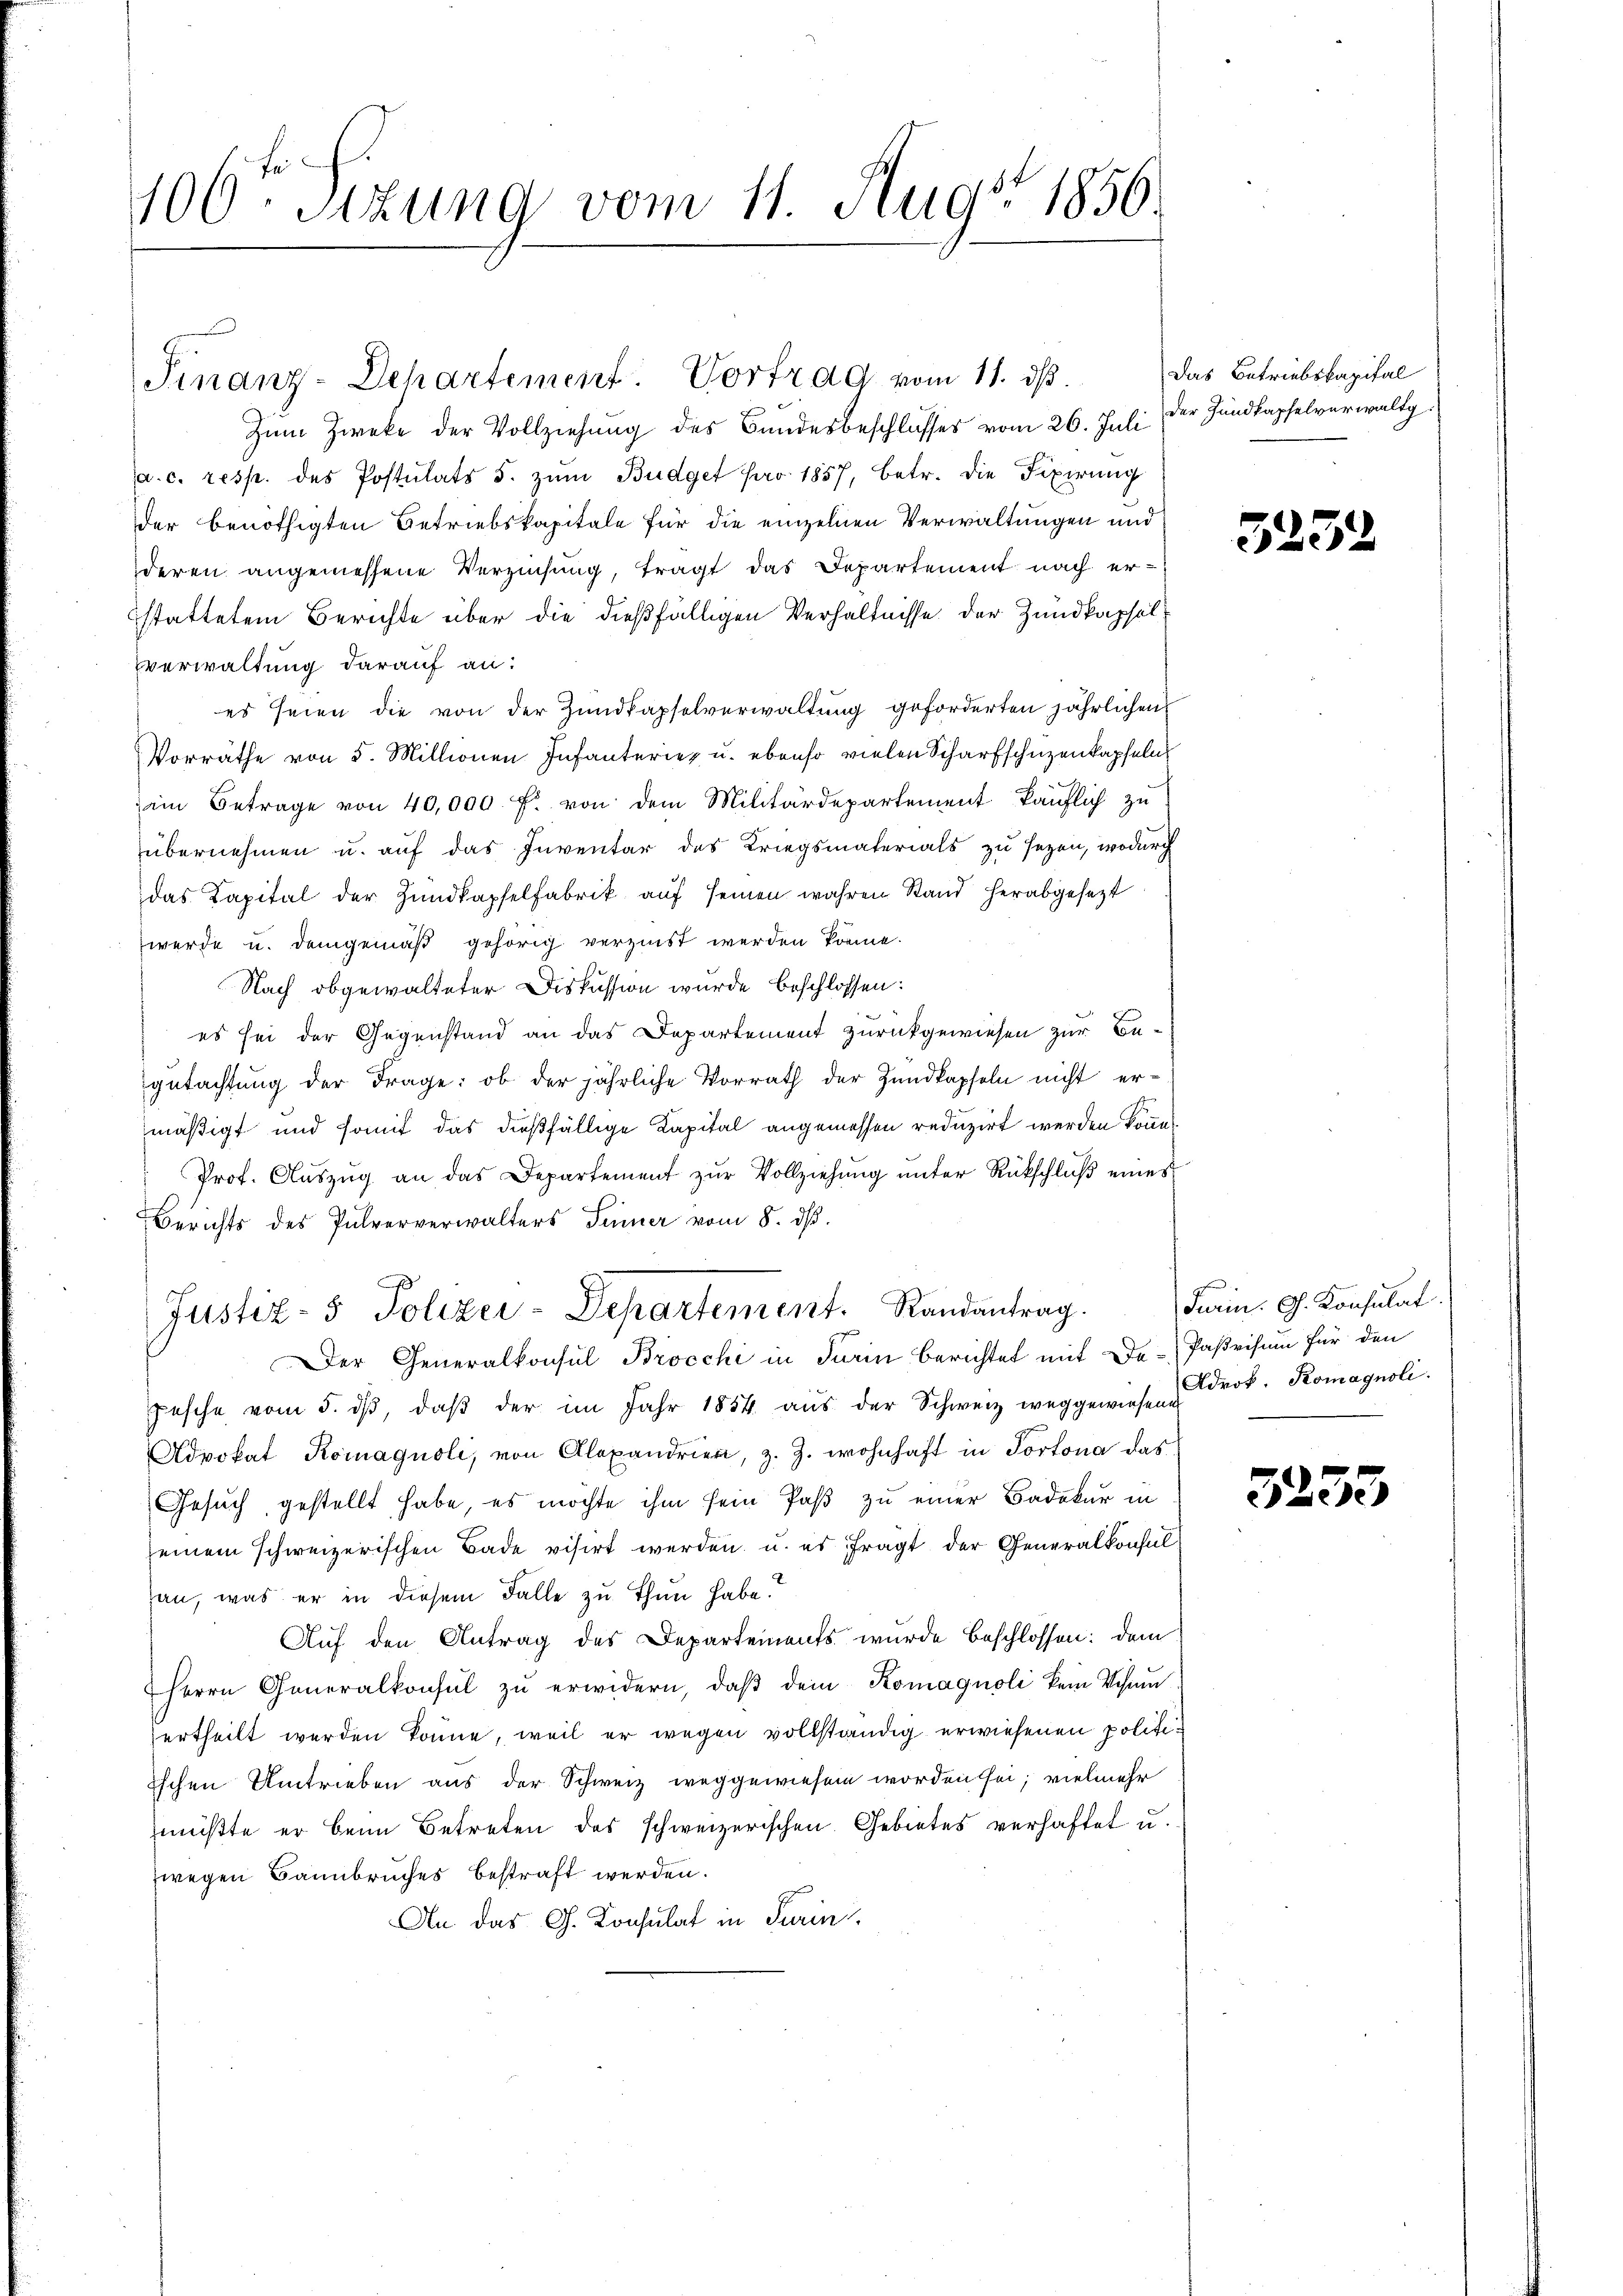
.
100 sizung vom 11. Aug. 1856.

Finanz-Dehartement. Vortrag vom 11. ds.
Zum Zwecke der Vollziehung des Bundesbeschlusses vom 26. Juli der Hundkapselverwaltg
a. c. resp. des Postulats s. zum Budget pro 1857, betr. die Fixirung
der benöthigten Betriebskapitale für die einzelnen Verwaltungen und
deren angemessene Verzinsung, tragt das Departement nach erstattetem Berichte über die dießfälligen Verhältnisse der Zundkapselverwaltung darauf an:
es seien die von der Zundkapselverwaltung geforderten jährlichen
Vorräthe von 5. Millionen Infanterieg u. ebenso vielen Scharfschüzenkapseln
im Betrage von 40,000 f. von dem Militärdepartement käuflich zu
übernehmen u. auf das Inventar des Kriegsmaterials zu sezen, wodurch
das Kapital der Zŭndkapfelfabrik aŭf seinen wahren Stand herabgesezt
werde u. demgemäß gehörig verzinst werden könne.
Nach obgewalteter Diskussion wurde beschlossen:
es sei der Gegenstand an das Departement zurückgewiesen zur Begutachtung der Frage: ob der jährliche Vorrath der Zundkapseln nicht ermäßigt und somit das dießfällige Kapital angemessen reduzirt werden können
" Prof. Aŭszŭg an das Departement zŭr Vollziehŭng ŭnter Rückschlŭβ eines
Berichts des Pulververwalters Sinner vom 8. dβ.
Justiz- & Polizei-Departement. Randantrag.
Der Generalkonsul Brocchi in darin berichtet mit De-Paßvisum für den
pesche vom 5. dβ, daβ der im Jahr 1854 aŭs der Schweiz weggewiesen Prof. Romagnoli.
Advokat Koinaquoli, von Alexandrien, z. Z. wohnhaft in Portona das
Gesuch gestellt habe, es möchte ihm sein Paß zu einer Badekur in
einem schweizerischen Bade visirt werden u. es fragt der Generalkonsulan, was er in diesem Falle zu thun habe.
Auf den Antrag des Departements wurde beschlossen: dem
Herrn Generalkonsul zŭ erwidern, daβ dein Komagnoli kein Schŭ
ertheilt werden könne, weil er wegen vollständig erwiesenen politiischen Umtrieben aus der Schweiz weggewiesen worden sei; vielmehr
müßte er beim Betreten des schweizerischen Gebietes verhaftet u.
wegen Bannbruches bestraft werden.
An das G. Konsulat in Turin,

Das Betriebskapital

5252

Turin. G. Konsulat

3233